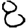
Digit: 8